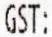
GST: